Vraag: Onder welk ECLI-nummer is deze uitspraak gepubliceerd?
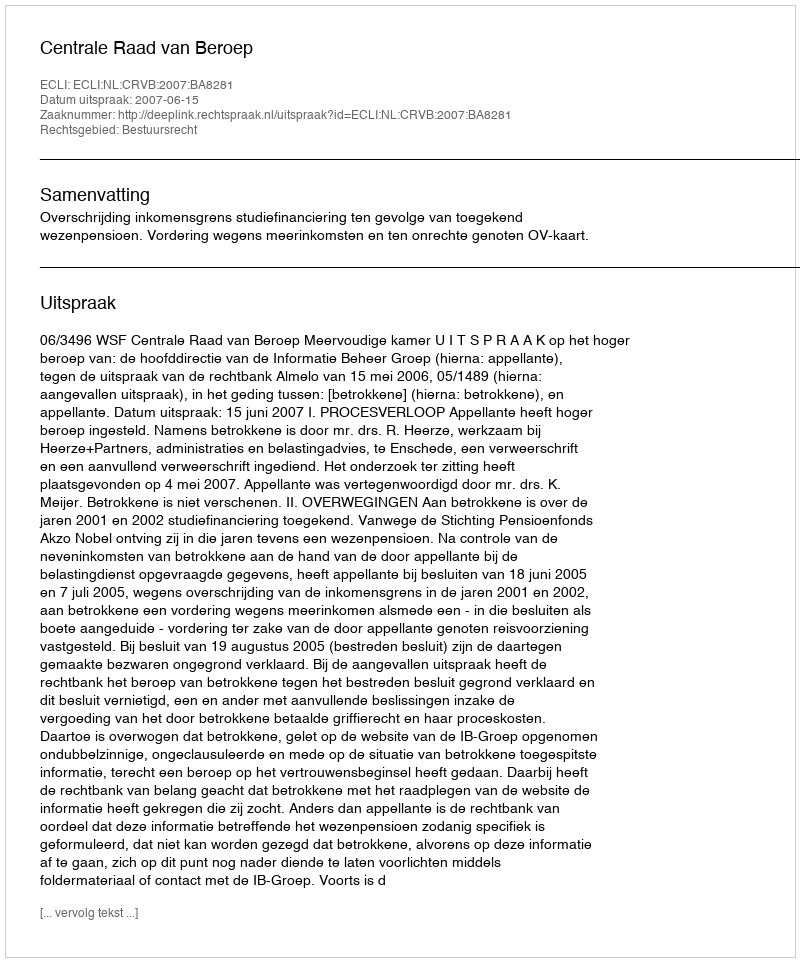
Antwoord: ECLI:NL:CRVB:2007:BA8281